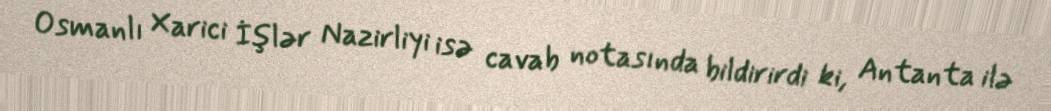
Osmanlı Xarici İşlər Nazirliyi isə cavab notasında bildirirdi ki, Antanta ilə